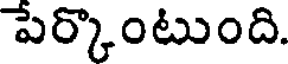
పేర్కొంటుంది.